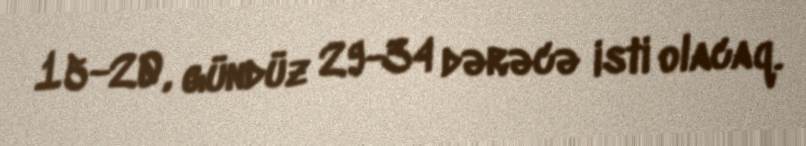
15-20, gündüz 29-34 dərəcə isti olacaq.